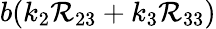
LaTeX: b(k_{2}\mathcal{R}_{23}+k_{3}\mathcal{R}_{33})